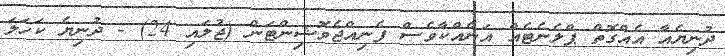
ދުނިޔެއާ އެއްގޮތް ޕްލެނެޓެއް އަނެއްކާވެސް ފެނިއްޖެވޮޝިިންޓަން (ޖުލައި 24) - ދުނިޔެ ކަހަލަ